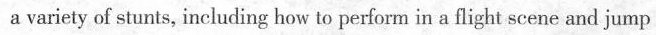
a variety of stunts, including how to perform in a flight scene and jump